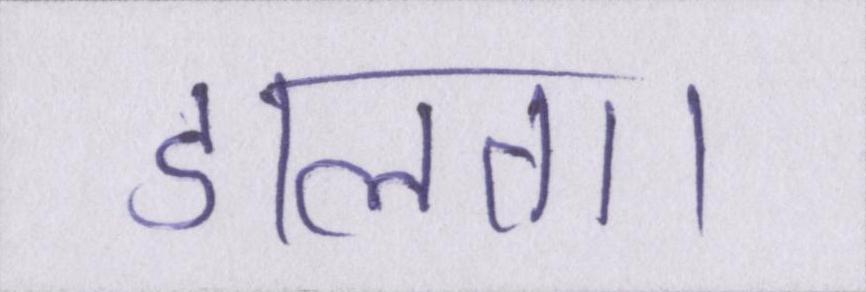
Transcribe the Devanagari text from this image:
डालता।